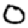
Digit: 0